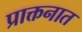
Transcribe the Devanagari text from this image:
प्राक्तनात